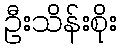
ဦးသိန်းစိုး